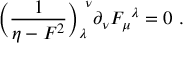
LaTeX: \Bigl ( { \frac { 1 } { \eta - F ^ { 2 } } } \Bigr ) _ { \lambda } ^ { \ \nu } \partial _ { \nu } F _ { \mu } ^ { \ \lambda } = 0 \ .